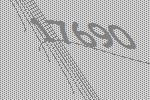
17690